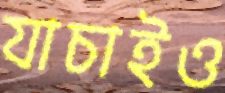
যাচাইও